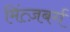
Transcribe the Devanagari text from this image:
मिंत्ज़बर्ग